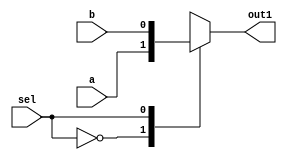
//_xbitx
// "_MUXout" RegDstRegDst_MUXout
module mux2_1_1bit(out1, a, b, sel);
    output  reg out1;
    input  a, b;
    input sel;
always @(sel or a or b)
begin
    case (sel)
        1'b0 :  out1 = a;
        1'b1 :  out1 = b;
    endcase
end
endmodule

module mux2_1_5bit(out1, a, b, sel);
    output  reg [4:0] out1;
    input       [4:0] a, b;
    input       sel;
always @(sel or a or b)
begin
    case (sel)
        1'b0 :  out1 = a;
        1'b1 :  out1 = b;
    endcase
end
endmodule

module mux2_1_32bit(out1, a, b, sel);
    output  reg [31:0] out1;
    input       [31:0] a, b;
    input       sel;
always @(sel or a or b)
begin
    case (sel)
        1'b0 :  out1 = a;
        1'b1 :  out1 = b;
    endcase
end
endmodule

module mux2_1_16bit(out1, a, b, sel);
    output  reg [15:0] out1;
    input       [15:0] a, b;
    input       sel;
always @(sel or a or b)
begin
    case (sel)
        1'b0 :  out1 = a;
        1'b1 :  out1 = b;
    endcase
end
endmodule